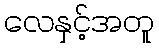
လေနှင့်အတူ